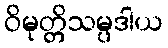
ဝိမုတ္တိသမ္ပဒါယ